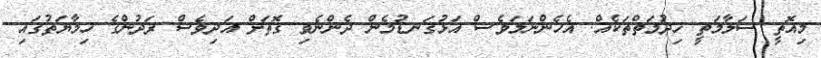
މިއޮތީ ސަލާމަތީ ޚިދުމަތްތަކެއް. އެހެންނަމަވެސް އަޅުގަނޑުމެން ދެންނެވި ގޮތަށް އަދިވެސް ރަދުންގެ ހިމާޔަތުގައި